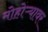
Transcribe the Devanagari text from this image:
मोहोऱ्यावर